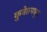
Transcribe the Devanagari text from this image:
कुवेतमधून